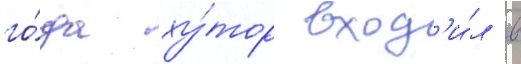
го́да ху́тор вход'и́л в